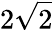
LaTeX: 2\sqrt{2}